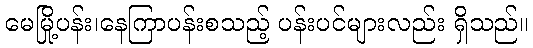
မေမြို့ပန်း၊နေကြာပန်းစသည့် ပန်းပင်များလည်း ရှိသည်။